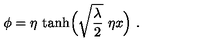
\phi = \eta \ { \tanh } \Bigl ( \sqrt { \frac { \lambda } { 2 } } \ \eta x \Bigr ) \ .